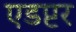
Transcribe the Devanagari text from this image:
एडप्टर